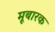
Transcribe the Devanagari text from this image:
मूबारक